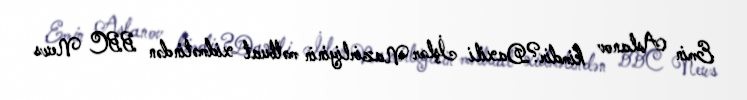
Emin Aslanov kimdir?Daxili İşlər Nazirliyinin mətbuat xidmətindən BBC News